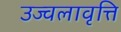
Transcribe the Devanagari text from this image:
उज्वलावृत्ति